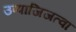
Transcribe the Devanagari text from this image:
उप्पाजिजत्वा